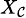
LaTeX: \scriptstyle{X_{\mathcal{C}}}